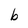
Character: b